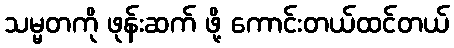
သမ္မတကို ဖုန်းဆက် ဖို့ ကောင်းတယ်ထင်တယ်